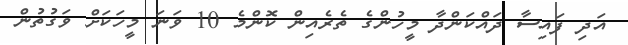
އަދި ފައިސާ ދައްކަންދާ މީހުންގެ ތެރެއިން ކޮންމެ 10 ވަނަ މީހަކަށް ވަގުތުން